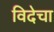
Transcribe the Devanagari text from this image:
विदेचा